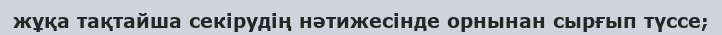
жұқа тақтайша секiрудiң нәтижесiнде орнынан сырғып түссе;